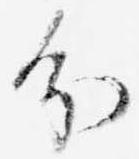
分